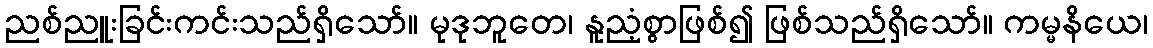
ညစ်ညူးခြင်းကင်းသည်ရှိသော်။ မုဒုဘူတေ၊ နူညံ့စွာဖြစ်၍ ဖြစ်သည်ရှိသော်။ ကမ္မနိယေ၊